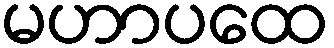
မဟာပထေ